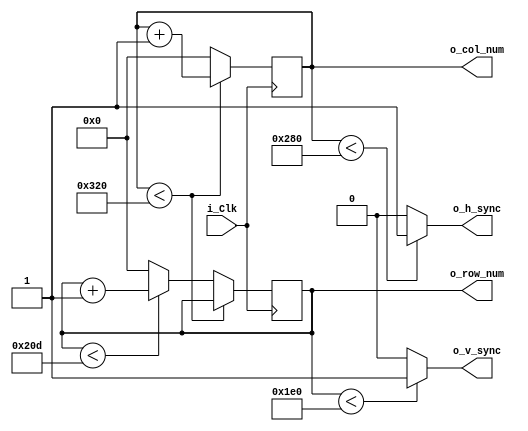
module sync_generator(input i_Clk, output reg [9:0] o_col_num = 0, output reg[9:0] o_row_num = 0, output o_h_sync, output o_v_sync);

parameter TOTAL_COLS = 800;
parameter TOTAL_ROWS = 525;
parameter ACTIVE_COLS = 640;
parameter ACTIVE_ROWS = 480;

always @ (posedge i_Clk)
	begin
	
	if (o_col_num < TOTAL_COLS)
		begin
		o_col_num <= o_col_num + 1;
		end
	
	else
		begin
		o_col_num <= 0;
		if (o_row_num < TOTAL_ROWS)
			begin
			o_row_num <= o_row_num + 1;
			end
		else
			begin
			o_row_num <= 0;
			end
		end
	
	end
	
assign o_h_sync = o_col_num < (ACTIVE_COLS) ? 1'b1 : 1'b0;
assign o_v_sync = o_row_num < (ACTIVE_ROWS) ? 1'b1 : 1'b0;

endmodule